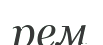
рем